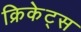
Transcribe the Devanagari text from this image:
क्रिकेट्स